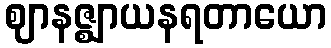
ဈာနဇ္ဈာယနရတာယော